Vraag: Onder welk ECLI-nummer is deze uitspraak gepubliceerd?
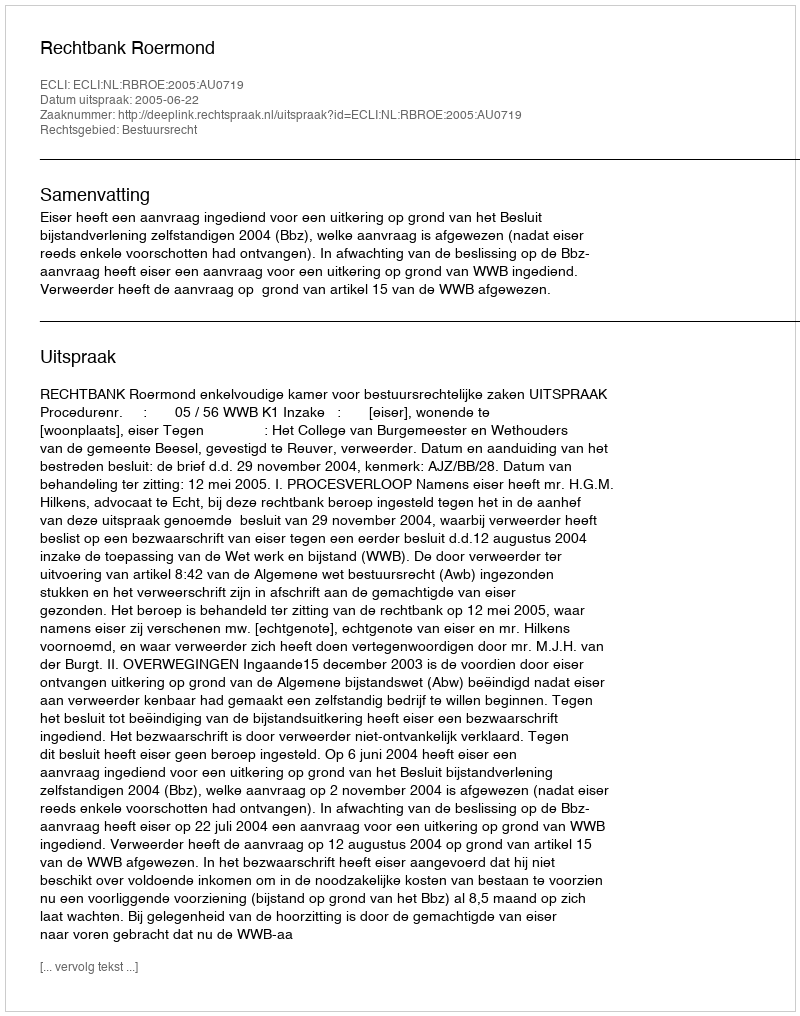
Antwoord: ECLI:NL:RBROE:2005:AU0719